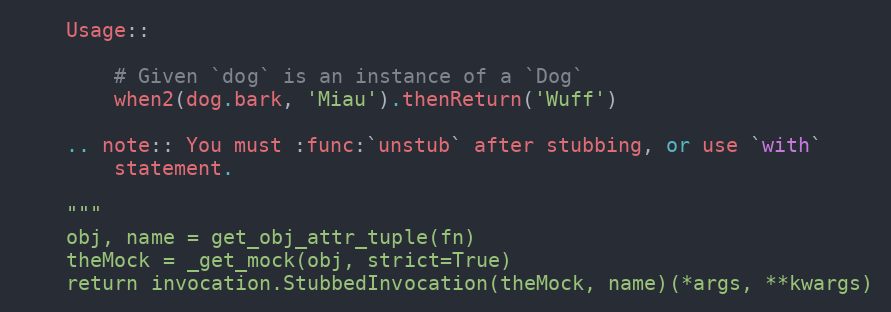
Language: Python
    Usage::

        # Given `dog` is an instance of a `Dog`
        when2(dog.bark, 'Miau').thenReturn('Wuff')

    .. note:: You must :func:`unstub` after stubbing, or use `with`
        statement.

    """
    obj, name = get_obj_attr_tuple(fn)
    theMock = _get_mock(obj, strict=True)
    return invocation.StubbedInvocation(theMock, name)(*args, **kwargs)